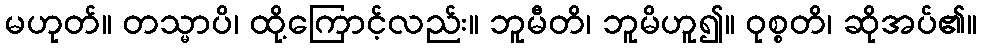
မဟုတ်။ တသ္မာပိ၊ ထို့ကြောင့်လည်း။ ဘူမီတိ၊ ဘူမိဟူ၍။ ဝုစ္စတိ၊ ဆိုအပ်၏။